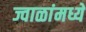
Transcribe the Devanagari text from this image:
ज्वाळांमध्ये